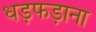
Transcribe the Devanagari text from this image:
धड़फड़ाना